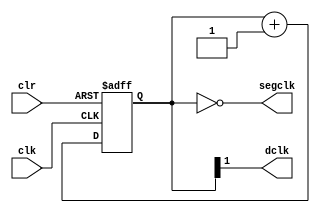
`timescale 1ns / 1ps
//////////////////////////////////////////////////////////////////////////////////
// Company: 
// Engineer: 
// 
// Design Name: 
// Module Name:    disp_clkdiv 
// Project Name: 
// Target Devices: 
// Tool versions: 
// Description: 
//
// Dependencies: 
//
// Revision: 
// Revision 0.01 - File Created
// Additional Comments: 
//
//////////////////////////////////////////////////////////////////////////////////
module disp_clkdiv(
	input wire clk,		//master clock: 100MHz
	input wire clr,		//asynchronous reset
	output wire dclk,	//pixel clock: 25MHz
	output wire segclk	//7-segment clock: 762.9Hz
	);

// 17-bit counter variable
reg [16:0] q;

// Clock divider --
// Each bit in q is a clock signal that is
// only a fraction of the master clock.
always @(posedge clk or posedge clr)
begin
	// reset condition
	if (clr == 1)
		q <= 0;
	// increment counter by one
	else
		q <= q + 1;
end

// 100Mhz / 2^17 = 762.9Hz
assign segclk = q == 17'd0;

// 100Mhz  2^2 = 25MHz
assign dclk = q[1];

endmodule